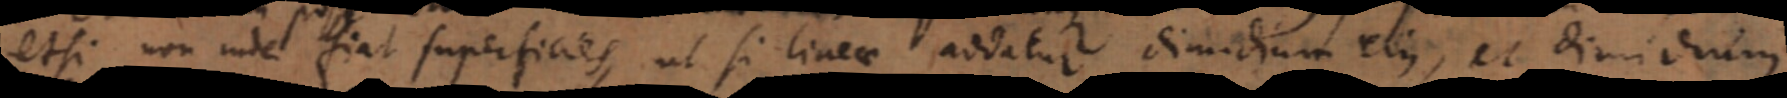
etsi non inde fiat superficies, ut si lineae addatur dimidium ejus, et dimidium